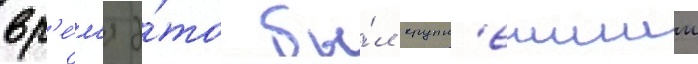
вр'е́м'я э́то бы́л крупн'еишии